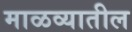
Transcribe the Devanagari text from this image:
माळव्यातील